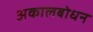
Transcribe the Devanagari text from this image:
अकालबोधन